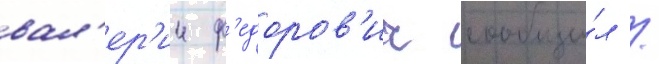
вал'ер'ии ф'едоров'ич сообщи́л /